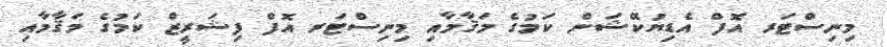
މިނިސްޓަރ އޮފް އެޑިޔުކޭޝަން ކަމުގެ މަޤާމާއި މިނިސްޓަރ އޮފް ފިޝަރީޒް ކަމުގެ މަޤާމާއި